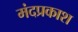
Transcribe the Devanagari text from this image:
मंदप्रकाश